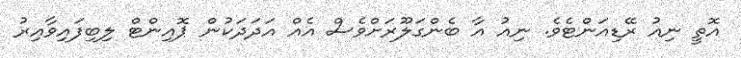
އޮތީ ނިއު ރޭޑިއަންޓެވެ. ނިއު އާ ބެންގަލޫރަށްވެސް އެއް އަދަދަކުން ޕޮއިންޓް ލިބިފައިވާއިރު